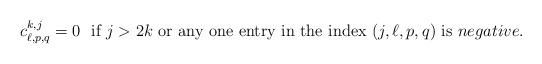
LaTeX: \begin{align*}c^{k,j}_{\ell,p,q} =0\ \textrm { if } j>2k \textrm{ or any one entry in the index } (j,\ell, p, q) \textrm{ is } negative.\end{align*}